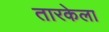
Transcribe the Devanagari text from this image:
तारकेला